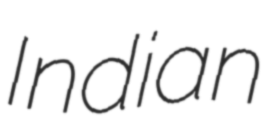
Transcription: Indian